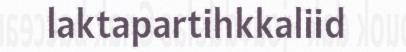
laktapartihkkaliid